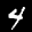
Label: 4